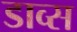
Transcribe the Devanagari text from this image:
डाव्स